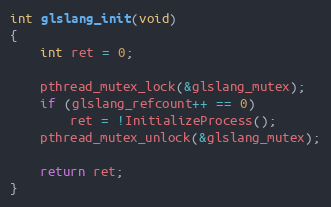
Language: C++
int glslang_init(void)
{
    int ret = 0;

    pthread_mutex_lock(&glslang_mutex);
    if (glslang_refcount++ == 0)
        ret = !InitializeProcess();
    pthread_mutex_unlock(&glslang_mutex);

    return ret;
}